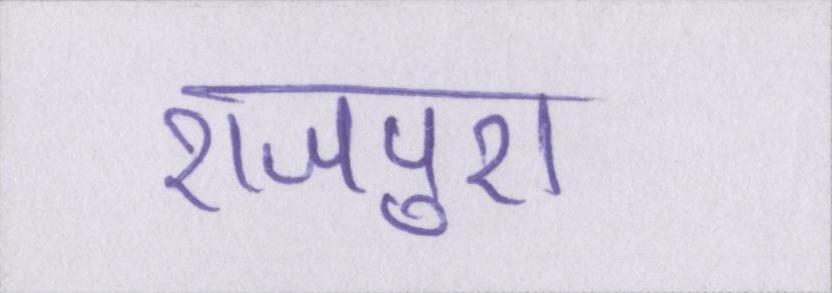
राजपुरा